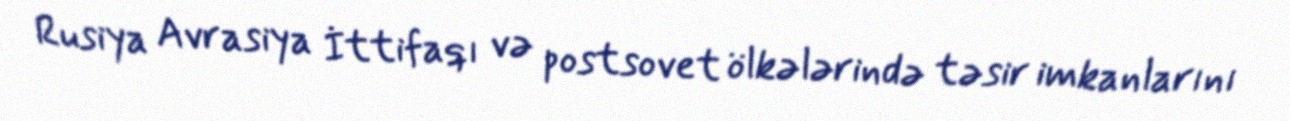
Rusiya Avrasiya İttifaqı və postsovet ölkələrində təsir imkanlarını